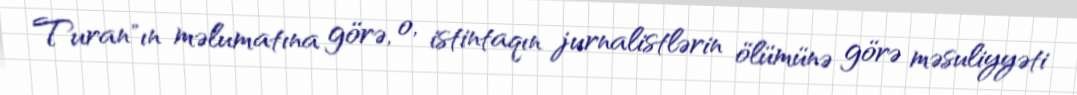
Turan"ın məlumatına görə, o, istintaqın jurnalistlərin ölümünə görə məsuliyyəti